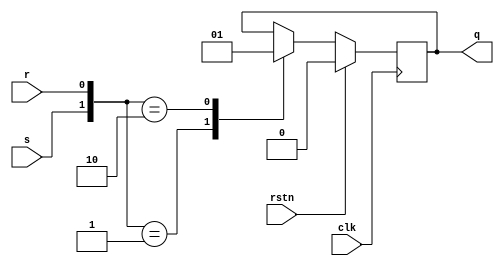

/* Implementation of Flip flop SR set reset */

/****************************************************************
Exitation table for the  FF SR

 y(t)   S(t)    R(t)     y(t+1)
 ------------------------------
   0     0       0        0
   0     0       1        0
   0     1       1        X
   0     1       0        1
   1     1       0        1
   1     1       1        X
   1     0       1        0
   1     0       0        1

****************************************************************/

module ffsr(input clk, input rstn, input s, input r, output  q);
reg mem;
assign q = mem;
// Sync reset type, the type of reset is dependant on the arch
// of the Logic block RTFM
always @(posedge clk) begin
    if (!rstn) begin
        case({s,r})
        2'b00: begin
            mem <= mem;
        end
        2'b01: begin
            mem <= 1'b0;
        end
        2'b10: begin
            mem <= 1'b1;
        end
        default: begin
            mem <= mem;
        end
        endcase
    end else begin
        mem <= 1'b0;
    end
end

endmodule /* ffd */